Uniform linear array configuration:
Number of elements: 16
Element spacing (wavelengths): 0.5
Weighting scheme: kaiser
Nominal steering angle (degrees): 45
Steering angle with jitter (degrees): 46.29
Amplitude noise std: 0.05
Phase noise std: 0.05

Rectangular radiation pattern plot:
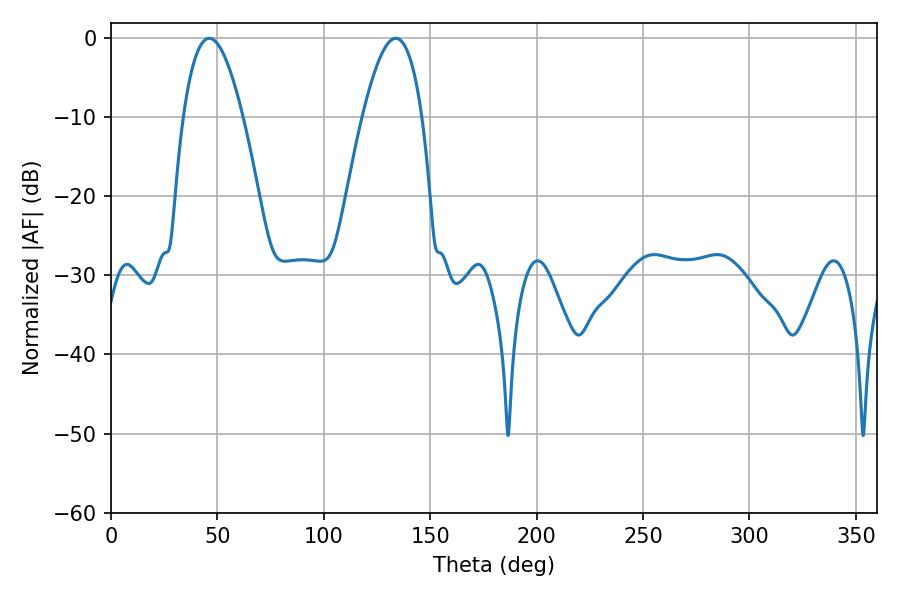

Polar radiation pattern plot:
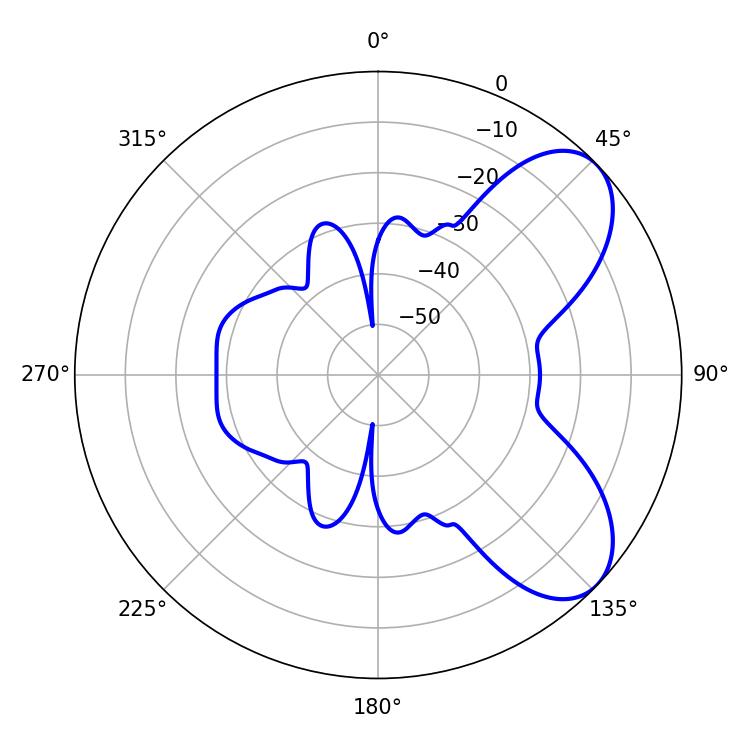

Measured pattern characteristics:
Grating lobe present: FALSE
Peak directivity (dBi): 6.786
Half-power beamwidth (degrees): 15.3
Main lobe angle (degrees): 46.26